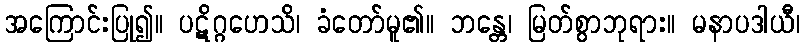
အကြောင်းပြု၍။ ပဋိဂ္ဂဟေသိ၊ ခံတော်မူ၏။ ဘန္တေ၊ မြတ်စွာဘုရား။ မနာပဒါယီ၊